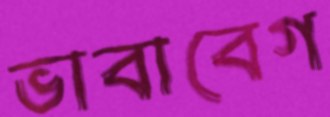
ভাবাবেগ